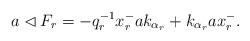
LaTeX: \begin{align*} a\lhd F_r = -q_r^{-1}x_r^-ak_{\alpha_r} + k_{\alpha_r}ax_r^-.\end{align*}